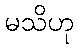
မသိဟု